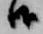
候